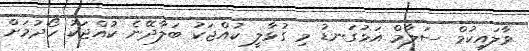
ވާލައިކުމް ސަލާމް އަޅުގަނޑު މި ގުޅާލީ ކުއްޖަކު ބަލާދޭނެ ކުއްޖަކު ހޯދުމަށް